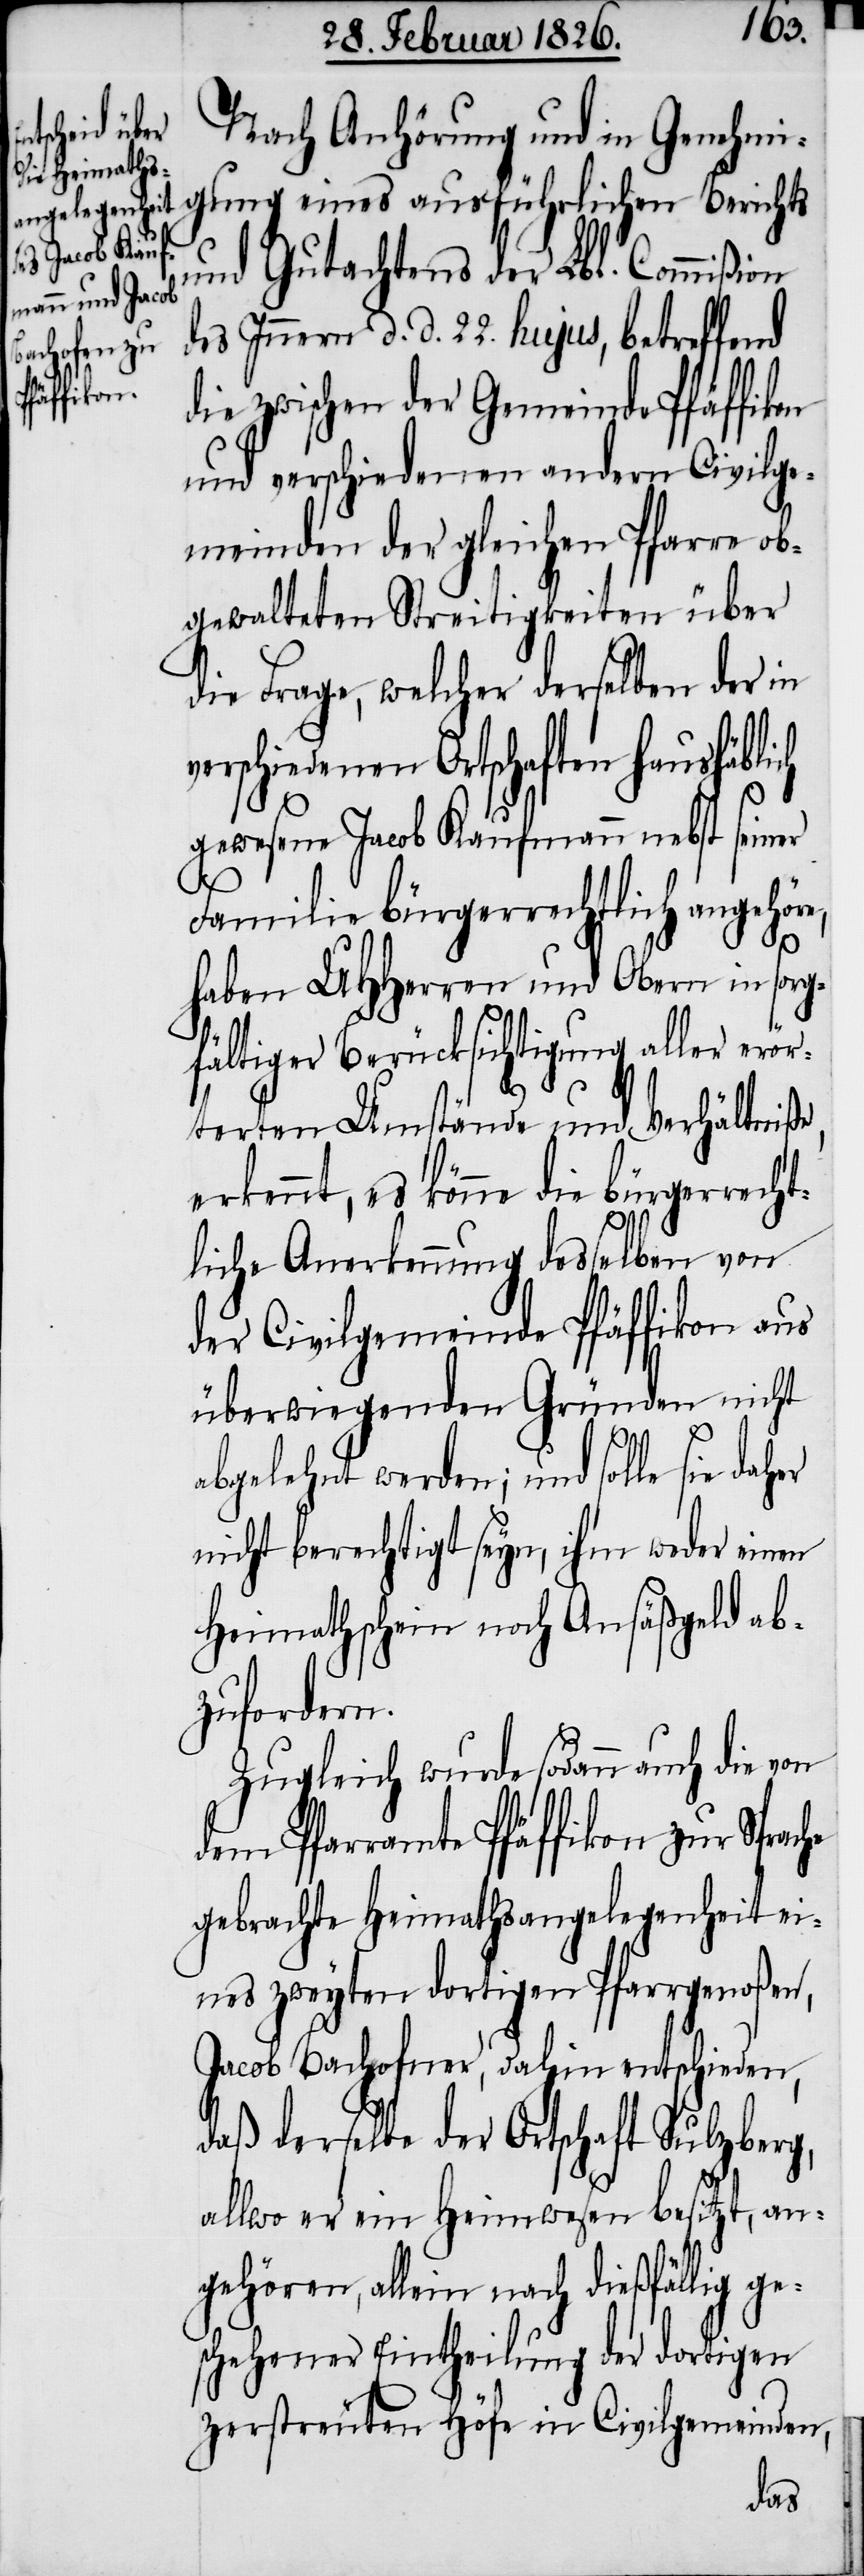
schieden,

Nach Anhörung und in Genehmi¬
gung eines ausführlichen Berichts
und Gutachtens der Lbl. Commißion
des Innern d. d. 22. hujus, betreffend
die zwischen der Gemeinde Pfäffikon
und verschiedenen andern Civilge¬
meinden der gleichen Pfarre ob¬
gewalteten Streitigkeiten über
die Frage, welcher derselben der in
verschiedenen Ortschaften haushäblich
gewesene Jacob Kaufmann nebst seiner
Familie bürgerrechtlich angehöre,
haben UHHerren und Obern in sorg¬
fältiger Berücksichtigung aller erör¬
terten Umstände und Verhältniße,
erkennt, es könne die bürgerrecht¬
he
liche Anerkennung desselben von
der Civilgemeinde Pfäffikon aus
überwiegenden Gründen nicht
abgelehnt werden; und solle sie daher
nicht berechtigt seyn, ihm weder einen
Heimathschein noch Ansäßgeld ab¬
zufordern.
Zugleich wurde sodann auch die von
dem Pfarramte Pfäffikon zur Sprac¬
gebrachte Heimathsangelegenheit ei¬
nes zweyten dortigen Pfarrgenoßen,
daß derselbe der Ortschaft Sulzberg,
allwo er ein Heimwesen besitzt, an¬
gehören, allein nach dießfällig ge¬
schehener Eintheilung der dortigen
zerstreuten Höfe in Civilgemeinden,